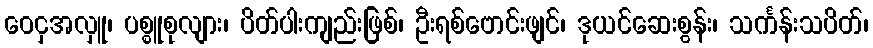
ဝေငှအလှူ၊ ပစ္စူစုလျား၊ ပိတ်ပါးကျည်းဖြစ်၊ ဦးရစ်ဗောင်းဖျင်၊ ဒုယင်ဆေးစွန်း၊ သင်္ကန်းသပိတ်၊